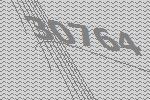
30764